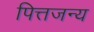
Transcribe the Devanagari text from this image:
पित्तजन्य